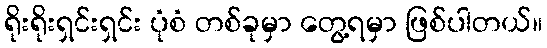
ရိုးရိုးရှင်းရှင်း ပုံစံ တစ်ခုမှာ တွေ့ရမှာ ဖြစ်ပါတယ်။